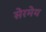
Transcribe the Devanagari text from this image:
सेरमेय